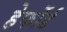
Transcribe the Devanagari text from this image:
हेर्फोर्ड